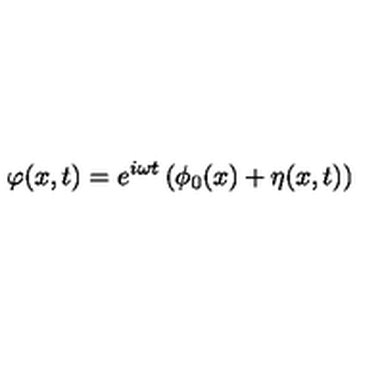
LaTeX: \varphi ( x , t ) = e ^ { i \omega t } \left( \phi _ { 0 } ( x ) + \eta ( x , t ) \right)